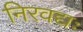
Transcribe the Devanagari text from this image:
निरवद्यः